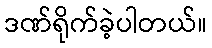
ဒဏ်ရိုက်ခဲ့ပါတယ်။